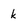
Character: k